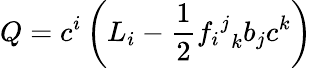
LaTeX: Q=c^{i}\left(L_{i}-{\frac{1}{2}}{{f_{i}}^{j}}_{k}b_{j}c^{k}\right)